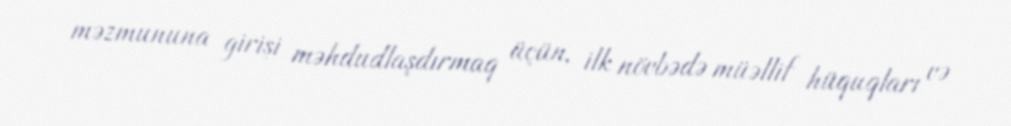
məzmununa girişi məhdudlaşdırmaq üçün, ilk növbədə müəllif hüquqları və